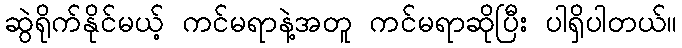
ဆွဲရိုက်နိုင်မယ့် ကင်မရာနဲ့အတူ ကင်မရာဆိုပြီး ပါရှိပါတယ်။